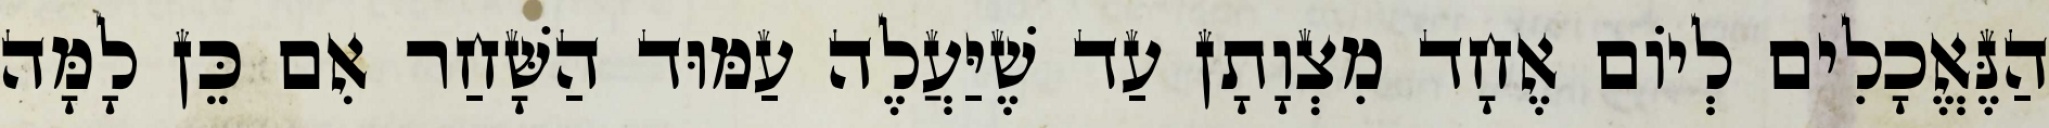
הַנֶּאֱכָלִים לְיוֹם אֶחָד מִצְוָתָן עַד שֶׁיַּעֲלֶה עַמּוּד הַשָּׁחַר אִם כֵּן לָמָּה